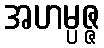
အဟမ္ပဇ္ဇ